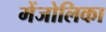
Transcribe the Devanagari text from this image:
मेंजोलिका